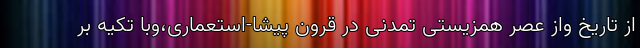
از تاریخ واز عصر همزیستی تمدنی در قرون پیشا-استعماری،وبا تکیه بر